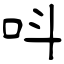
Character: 呌